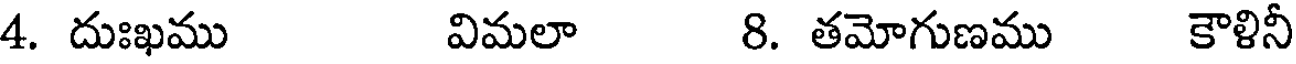
4. దుఃఖము విమలా 8. తమోగుణము కౌళినీ